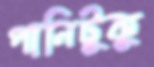
পানিটুকু